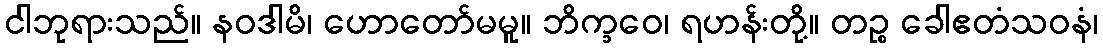
ငါဘုရားသည်။ နဝဒါမိ၊ ဟောတော်မမူ။ ဘိက္ခဝေ၊ ရဟန်းတို့။ တဉ္စ ခေါဧတံသဝနံ၊